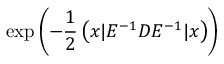
\exp \left( { - \frac { 1 } { 2 } \left( x | E ^ { - 1 } D E ^ { - 1 } | x \right) } \right) \,